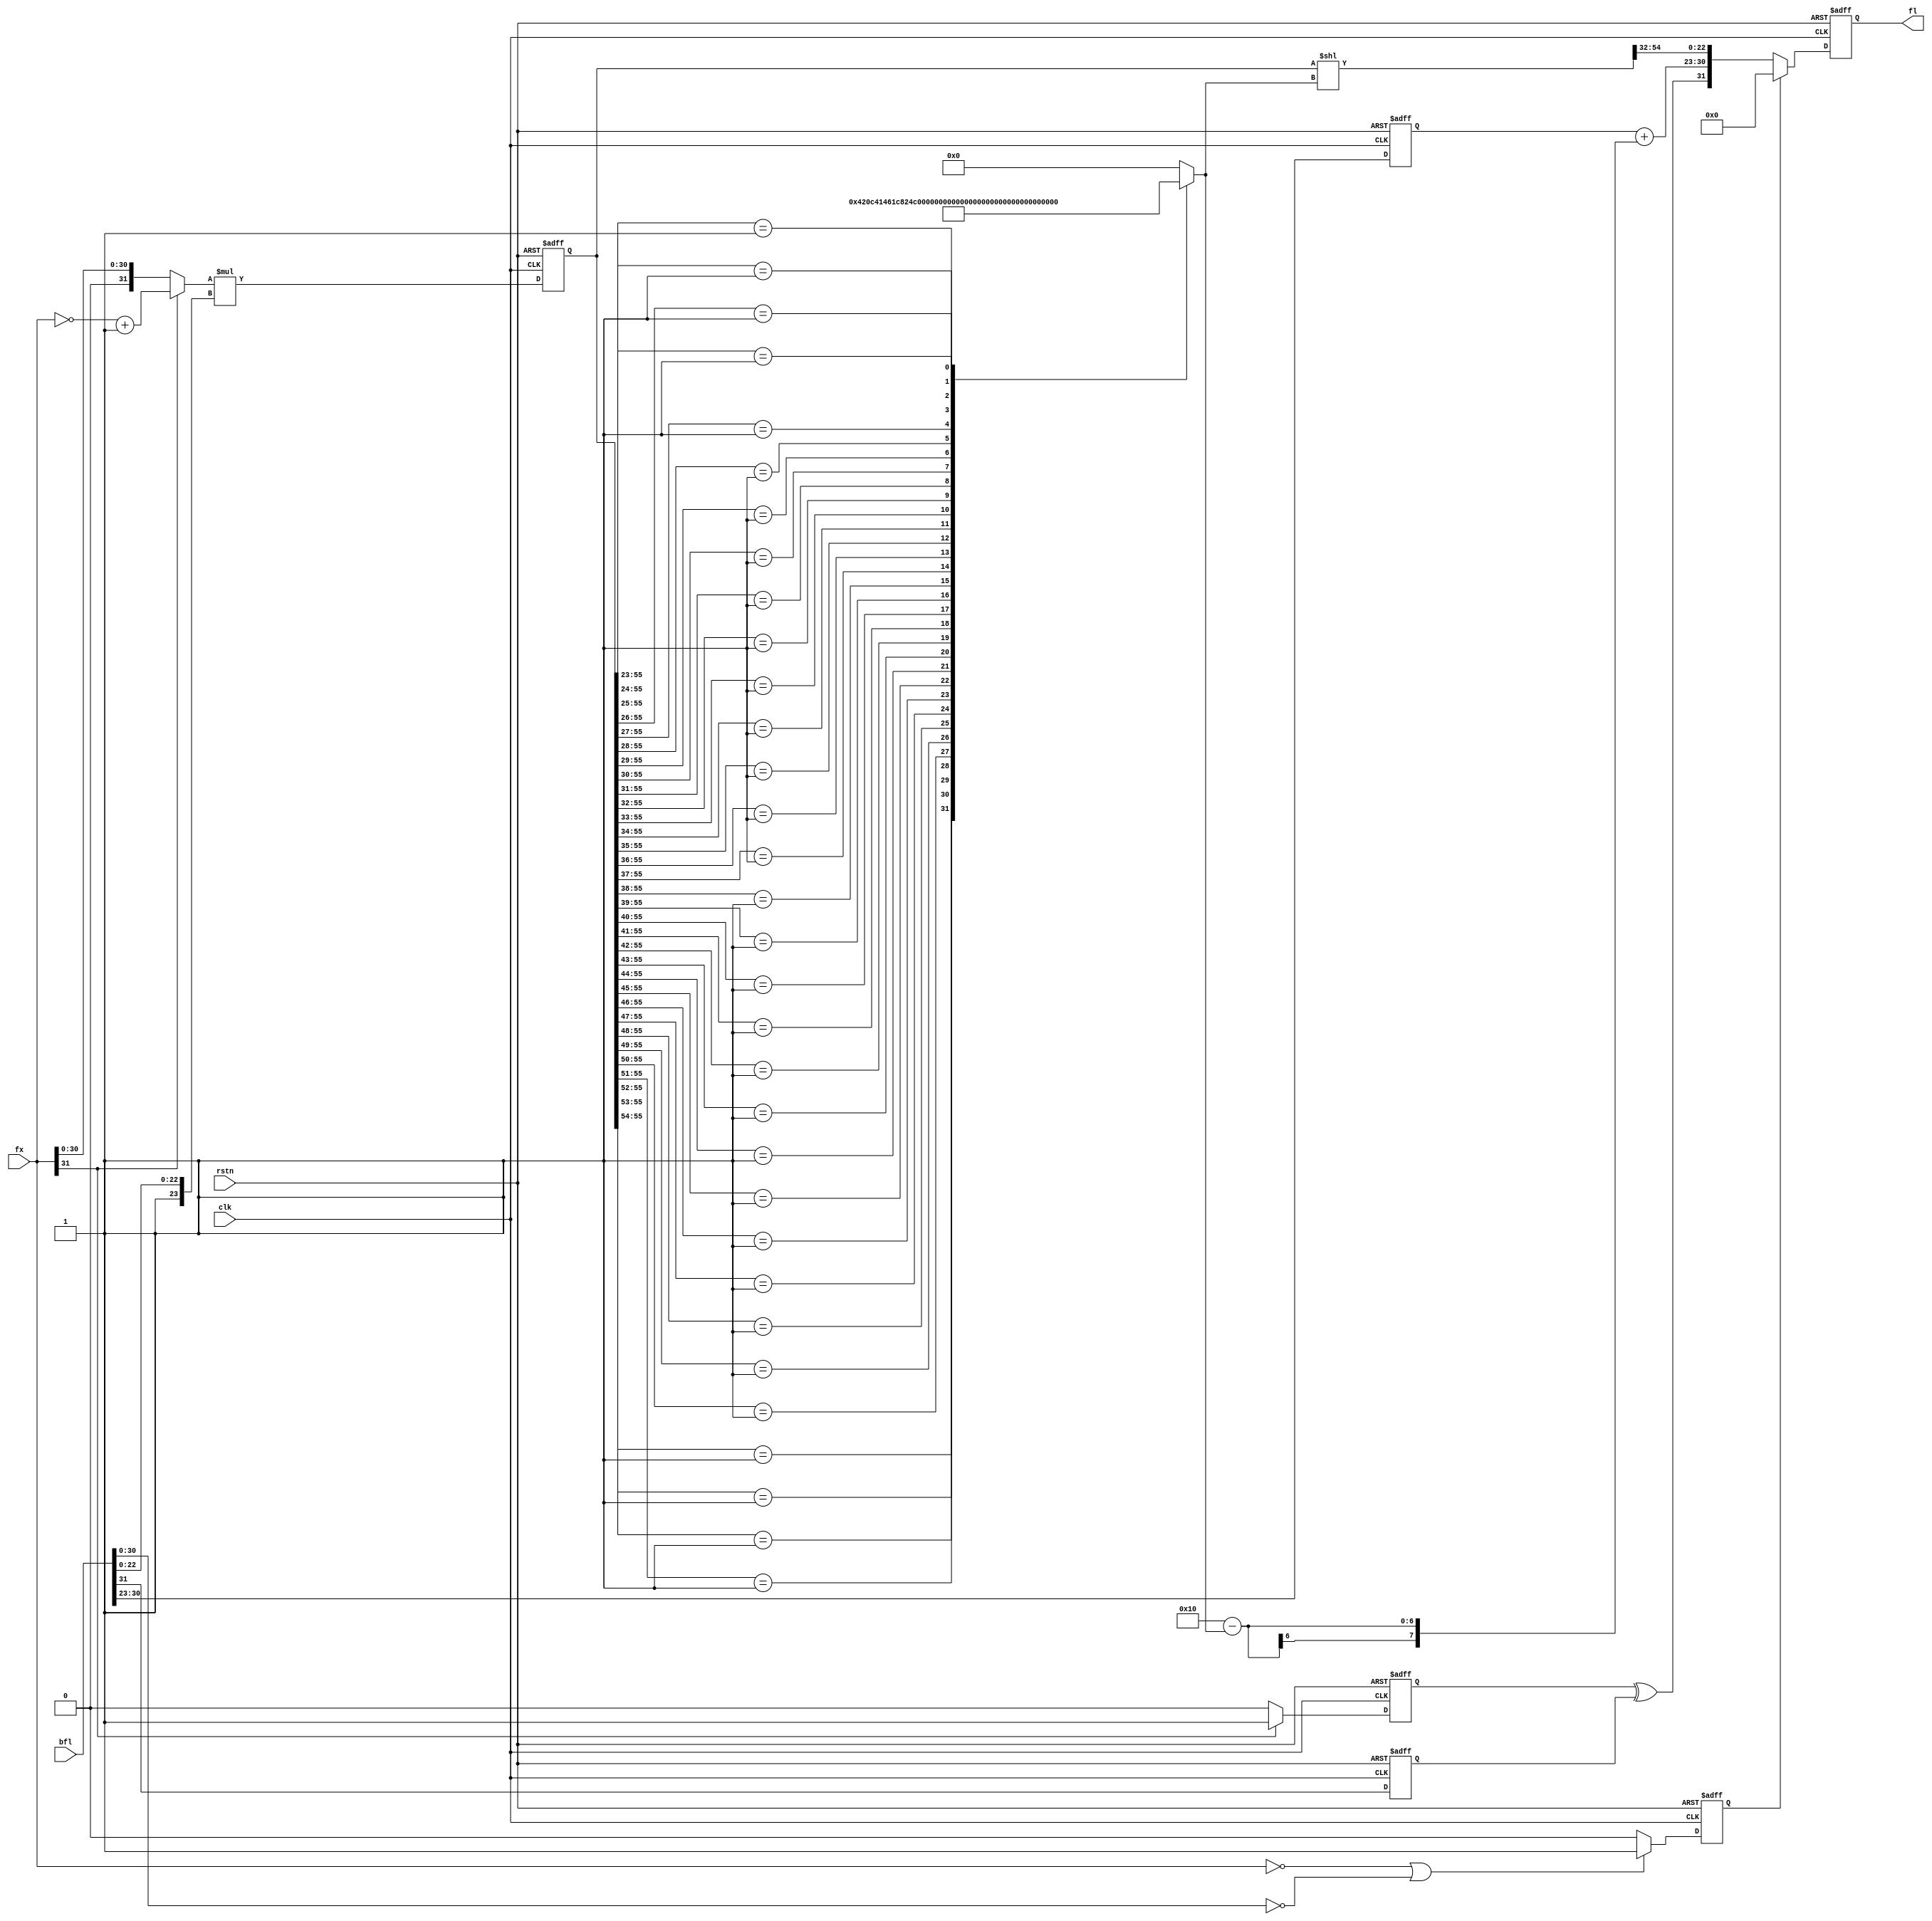
module flt_fx1616_mult
	(
	input	     	clk,
	input	     	rstn,
	input	[31:0]	fx,
	input	[31:0]	bfl,

	output	reg [31:0]	fl
	);

reg		sfx;		// Sign of fixed
reg	[31:0]	afx;		// Absolute fixed


reg	[5:0]	nom_shft_1;	// Normalize shift.
reg	[55:0]	mfl_1;		// Multiply Result.
reg	[55:0]	nmfl_1;		// Mantisa of the Float
reg		sfx_1;
reg		sbfl_1;
reg	[7:0]	efl_1;		// Exponent of the Float
reg	[7:0]	ebfl_1;		// Exponent of the Float
reg		sfl_1;		// Sign of float
reg		result0;
reg		result0_1;

always @* // Take the absolute value of AFX.
        begin
                if(fx[31]) begin
                                sfx = 1;
                                afx = ~fx + 1;
                end else begin
                                sfx = 0;
                                afx = fx;
                end
		if((fx==0) || (bfl[30:0]==0))result0 = 1;
		else result0 = 0;
        end

// Calculate the Mantissa.
always @(posedge clk, negedge rstn) begin
	if(!rstn) begin
		mfl_1     <= 56'h0;
        	sfx_1     <= 1'b0;
		sbfl_1    <= 1'b0;
		ebfl_1    <= 8'h0;
		result0_1 <= 1'b0;

	end else begin
		mfl_1     <= afx * {1'b1,bfl[22:0]};
        	sfx_1     <= sfx;
		sbfl_1    <= bfl[31];
		ebfl_1    <= bfl[30:23];
		result0_1 <= result0;
	end
end


always @* begin
		casex(mfl_1[55:23]) /* synopsys parallel_case */
		33'b1xxxxxxxxxxxxxxxxxxxxxxxxxxxxxxxx: nom_shft_1=6'd0;
		33'b01xxxxxxxxxxxxxxxxxxxxxxxxxxxxxxx: nom_shft_1=6'd1;
		33'b001xxxxxxxxxxxxxxxxxxxxxxxxxxxxxx: nom_shft_1=6'd2;
		33'b0001xxxxxxxxxxxxxxxxxxxxxxxxxxxxx: nom_shft_1=6'd3;
		33'b00001xxxxxxxxxxxxxxxxxxxxxxxxxxxx: nom_shft_1=6'd4;
		33'b000001xxxxxxxxxxxxxxxxxxxxxxxxxxx: nom_shft_1=6'd5;
		33'b0000001xxxxxxxxxxxxxxxxxxxxxxxxxx: nom_shft_1=6'd6;
		33'b00000001xxxxxxxxxxxxxxxxxxxxxxxxx: nom_shft_1=6'd7;
		33'b000000001xxxxxxxxxxxxxxxxxxxxxxxx: nom_shft_1=6'd8;
		33'b0000000001xxxxxxxxxxxxxxxxxxxxxxx: nom_shft_1=6'd9;
		33'b00000000001xxxxxxxxxxxxxxxxxxxxxx: nom_shft_1=6'd10;
		33'b000000000001xxxxxxxxxxxxxxxxxxxxx: nom_shft_1=6'd11;
		33'b0000000000001xxxxxxxxxxxxxxxxxxxx: nom_shft_1=6'd12;
		33'b00000000000001xxxxxxxxxxxxxxxxxxx: nom_shft_1=6'd13;
		33'b000000000000001xxxxxxxxxxxxxxxxxx: nom_shft_1=6'd14;
		33'b0000000000000001xxxxxxxxxxxxxxxxx: nom_shft_1=6'd15;
		33'b00000000000000001xxxxxxxxxxxxxxxx: nom_shft_1=6'd16;
		33'b000000000000000001xxxxxxxxxxxxxxx: nom_shft_1=6'd17;
		33'b0000000000000000001xxxxxxxxxxxxxx: nom_shft_1=6'd18;
		33'b00000000000000000001xxxxxxxxxxxxx: nom_shft_1=6'd19;
		33'b000000000000000000001xxxxxxxxxxxx: nom_shft_1=6'd20;
		33'b0000000000000000000001xxxxxxxxxxx: nom_shft_1=6'd21;
		33'b00000000000000000000001xxxxxxxxxx: nom_shft_1=6'd22;
		33'b000000000000000000000001xxxxxxxxx: nom_shft_1=6'd23;
		33'b0000000000000000000000001xxxxxxxx: nom_shft_1=6'd24;
		33'b00000000000000000000000001xxxxxxx: nom_shft_1=6'd25;
		33'b000000000000000000000000001xxxxxx: nom_shft_1=6'd26;
		33'b0000000000000000000000000001xxxxx: nom_shft_1=6'd27;
		33'b00000000000000000000000000001xxxx: nom_shft_1=6'd28;
		33'b000000000000000000000000000001xxx: nom_shft_1=6'd29;
		33'b0000000000000000000000000000001xx: nom_shft_1=6'd30;
		33'b00000000000000000000000000000001x: nom_shft_1=6'd31;
		33'b000000000000000000000000000000001: nom_shft_1=6'd32;
		default: nom_shft_1=0;
		endcase
	end

// Calculate the sign bit.
always @* sfl_1 = sfx_1 ^ sbfl_1;

// Calculate the Exponant.
// always @* efl_1 = ebfl_1 + (8'h10 - nom_shft_1);
always @* efl_1 = ebfl_1 + (8'h10 - nom_shft_1);

always @* nmfl_1 = mfl_1 << nom_shft_1;

always @(posedge clk, negedge rstn)	//(SFL or EFL or MFL or FX or BFL)
	begin
		if(!rstn) fl <= 32'h0;
		else if(result0_1) fl <= 32'h0;
		else fl <= {sfl_1,efl_1,nmfl_1[54:32]};
	end


endmodule